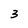
Character: 3